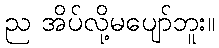
ည အိပ်လို့မပျော်ဘူး။